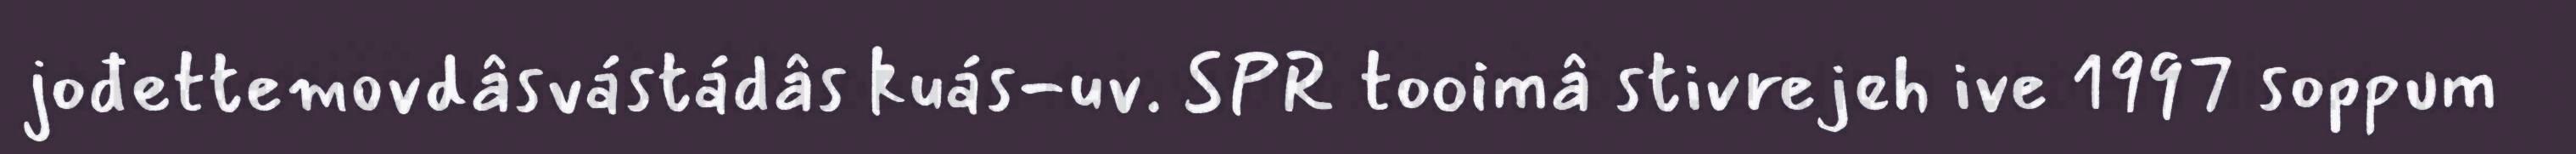
jođettemovdâsvástádâs kuás-uv. SPR tooimâ stivrejeh ive 1997 soppum